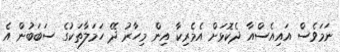
ނަމަވެސް އައިއެސްއާ ދެކޮޅަށް އެމެރިކާ އިން މިހާރު ދޭ ހަމަލާތަކުގެ ސަބަބުން އެ